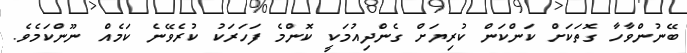
ބޭނުންވާހާ ގޮތަކަށް ކަންކަން ކުރިޔަށް ގެންދިއުމަކީ ކޮންމެ ފަހަރަކު ކުރެވޭނެ ކަމެއް ނޫންކަމެވެ.